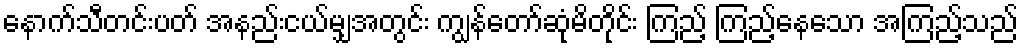
နောက်သီတင်းပတ် အနည်းငယ်မျှအတွင်း ကျွန်တော်ဆုံမိတိုင်း ကြည့် ကြည့်နေသော အကြည့်သည်